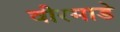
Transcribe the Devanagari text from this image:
वीरमाडे